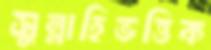
সুন্নাহিভত্তিক